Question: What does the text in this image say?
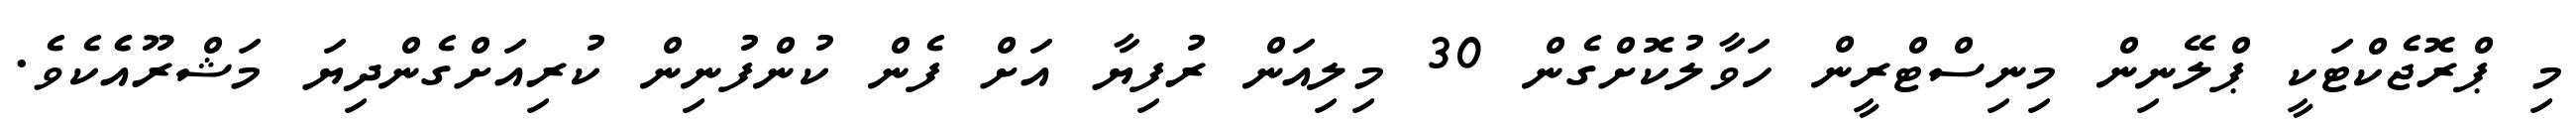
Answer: މި ޕްރޮޖެކްޓަކީ ޕްލޭނިން މިނިސްޓްރީން ހަވާލުކޮށްގެން 30 މިލިއަން ރުފިޔާ އަށް ފެން ކުންފުނިން ކުރިއަށްގެންދިޔަ މަޝްރޫއެެކެވެ.